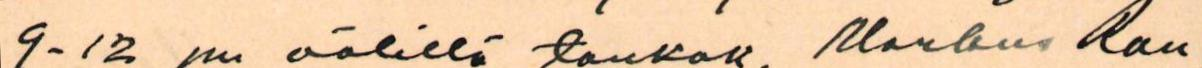
9 -12 pn välillä toukok. Markus Rau-